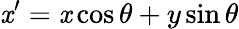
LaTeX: \mathit{x}^{\prime}=\mathit{x}\cos\theta+y\sin\theta